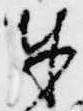
奉